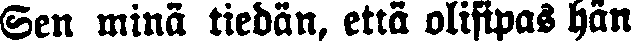
Sen minä tiedän, että olifipas hän